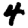
Digit: 4